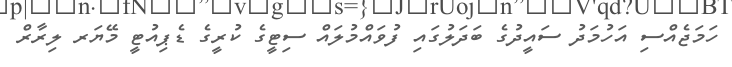
ހަމަޖެއްސި އަހުމަދު ސައީދުގެ ބަދަލުގައި ފުވައްމުލައް ސިޓީގެ ކުރީގެ ޑެޕިއުޓީ މޭޔަރ ލިރާރް